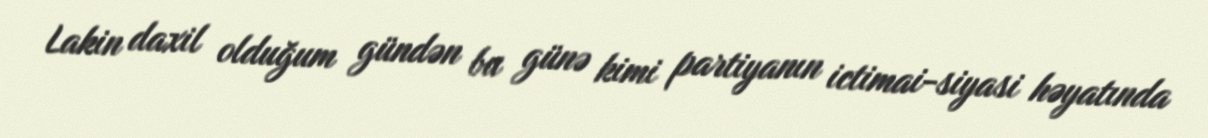
Lakin daxil olduğum gündən bu günə kimi partiyanın ictimai-siyasi həyatında